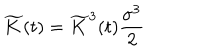
\widetilde { K } ( t ) = \widetilde { K } ^ { 3 } ( t ) \frac { \sigma ^ { 3 } } { 2 }